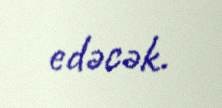
edəcək.